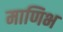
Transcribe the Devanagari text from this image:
माणिभ